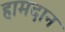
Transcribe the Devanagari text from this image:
हामदान